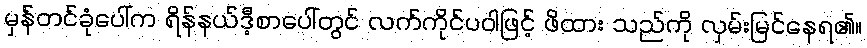
မှန်တင်ခုံပေါ်က ရိန်နယ်ဒီ့စာပေါ်တွင် လက်ကိုင်ပဝါဖြင့် ဖိထား သည်ကို လှမ်းမြင်နေရ၏။